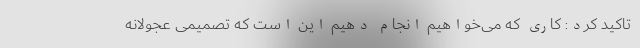
تاکید کرد: کاری که می‌خواهیم انجام دهیم این است که تصمیمی عجولانه